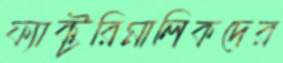
ফ্যাক্টরিমালিকদের